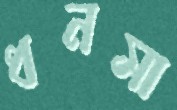
ধনসা